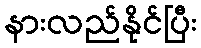
နားလည်နိုင်ပြီး